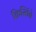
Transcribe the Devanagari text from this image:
क्रिस्तिंने